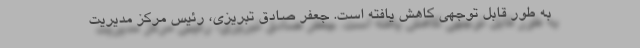
به طور قابل توجهی کاهش یافته است. جعفر صادق تبریزی، رئیس مرکز مدیریت